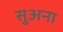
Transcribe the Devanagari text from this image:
सुअना